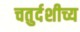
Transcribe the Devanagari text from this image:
चतुर्दशीच्य